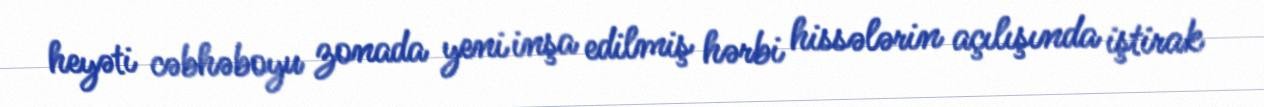
heyəti cəbhəboyu zonada yeni inşa edilmiş hərbi hissələrin açılışında iştirak